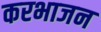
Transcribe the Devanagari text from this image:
करभाजन